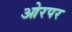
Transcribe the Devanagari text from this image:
ओरपर